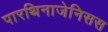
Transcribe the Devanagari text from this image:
पारथिनाजेनिसस